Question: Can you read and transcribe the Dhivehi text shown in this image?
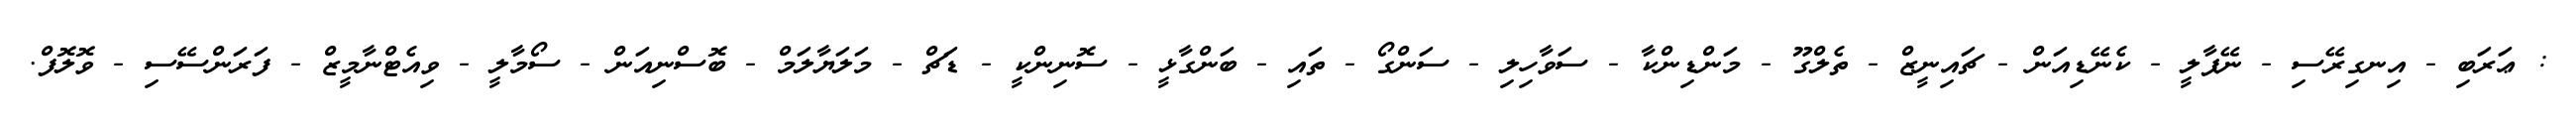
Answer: : ޢަރަބި - އިނގިރޭސި - ނޭޕާލީ - ކެނޭޑިއަން - ޗައިނީޒް - ތެލްގޫ - މަންޑިންކާ - ސަވާހިލި - ސަންގޯ - ތައި - ބަންގާޅީ - ސޮނިންކީ - ޑަޗް - މަލަޔާލަމް - ބޮސްނިއަން - ސޯމާލީ - ވިއެޓްނާމީޒް - ފަރަންސޭސި - ވޮލޮފް.